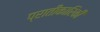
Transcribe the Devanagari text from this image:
प्रातीकारिकी